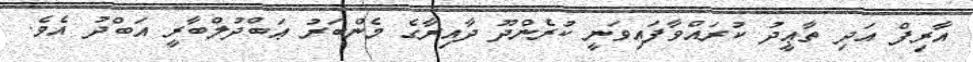
އާރިފް އަދި ތާޢީދު ކުރައްވާފައިވަނީ ކުރެންދޫ ދާއިރާގެ މެންބަރު ޢަބްދުލްބާރީ އަބްދު އެވެ.